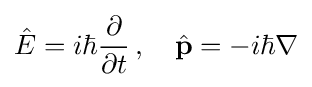
{\hat {E}}=i\hbar {\frac {\partial }{\partial t}}\,,\quad {\hat {\mathbf {p} }}=-i\hbar \nabla